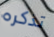
تذكره